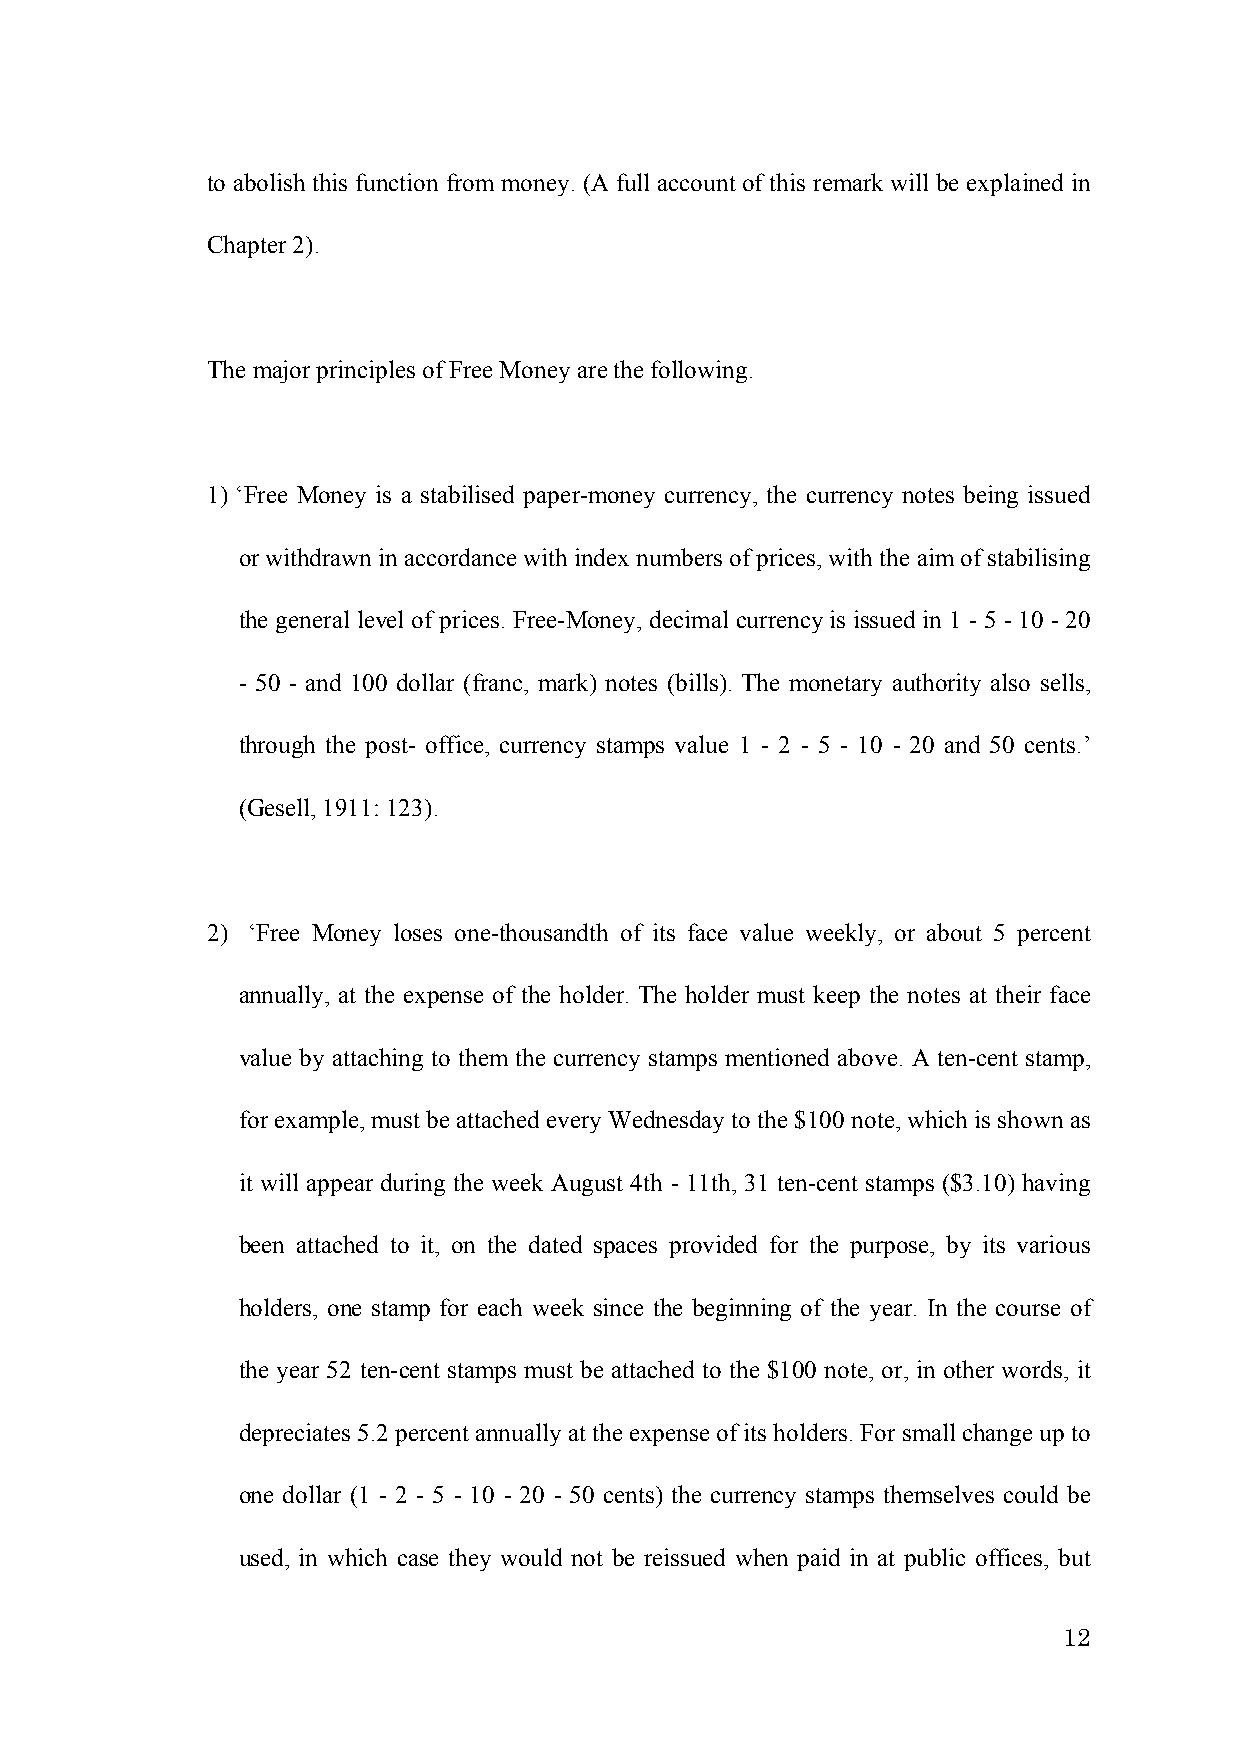
to abolish this function from money. (A full account of this remark will be explained in
 Chapter 2).
 The major principles of Free Money are the following.
 1) ‘Free Money is a stabilised paper-money currency, the currency notes being issued
 or withdrawn in accordance with index numbers of prices, with the aim of stabilising
 the general level of prices. Free-Money, decimal currency is issued in 1 - 5 - 10 - 20
 - 50 - and 100 dollar (franc, mark) notes (bills). The monetary authority also sells,
 through the post- office, currency stamps value 1 - 2 - 5 - 10 - 20 and 50 cents.’
 (Gesell, 1911: 123).
 2) ‘Free Money loses one-thousandth of its face value weekly, or about 5 percent
 annually, at the expense of the holder. The holder must keep the notes at their face
 value by attaching to them the currency stamps mentioned above. A ten-cent stamp,
 for example, must be attached every Wednesday to the $100 note, which is shown as
 it will appear during the week August 4th - 11th, 31 ten-cent stamps ($3.10) having
 been attached to it, on the dated spaces provided for the purpose, by its various
 holders, one stamp for each week since the beginning of the year. In the course of
 the year 52 ten-cent stamps must be attached to the $100 note, or, in other words, it
 depreciates 5.2 percent annually at the expense of its holders. For small change up to
 one dollar (1 - 2 - 5 - 10 - 20 - 50 cents) the currency stamps themselves could be
 used, in which case they would not be reissued when paid in at public offices, but
 12